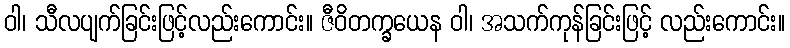
ဝါ၊ သီလပျက်ခြင်းဖြင့်လည်းကောင်း။ ဇီဝိတက္ခယေန ဝါ၊ အသက်ကုန်ခြင်းဖြင့် လည်းကောင်း။